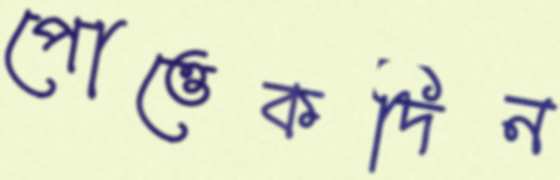
পোত্তেকদিন